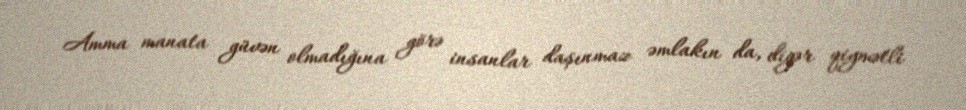
Amma manata güvən olmadığına görə insanlar daşınmaz əmlakın da, digər qiymətli